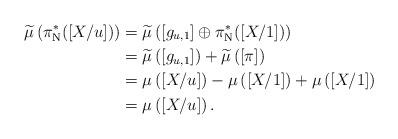
LaTeX: \begin{align*}\widetilde{\mu}\left(\pi_{\mathrm{N}}^* ([X/u])\right) & = \widetilde{\mu}\left([g_{u,1}]\oplus \pi_{\mathrm{N}}^* ([X/1])\right) \\& = \widetilde{\mu}\left([g_{u,1}]\right)+ \widetilde{\mu}\left([\pi]\right) \\& = \mu\left([X/u]\right) - \mu\left([X/1]\right) + \mu\left([X/1]\right) \\& = \mu\left([X/u]\right).\end{align*}